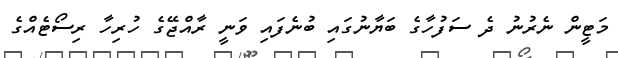
މަޓީން ނެރުނު ދެ ސަފުހާގެ ބަޔާނުގައި ބުނެފައި ވަނީ ރާއްޖޭގެ ހުރިހާ ރިސޯޓެއްގެ